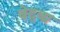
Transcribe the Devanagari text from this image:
बेद्व्य्र